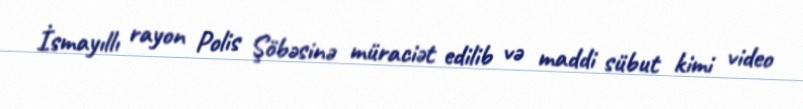
İsmayıllı rayon Polis Şöbəsinə müraciət edilib və maddi sübut kimi video